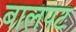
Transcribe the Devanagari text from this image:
बालपट